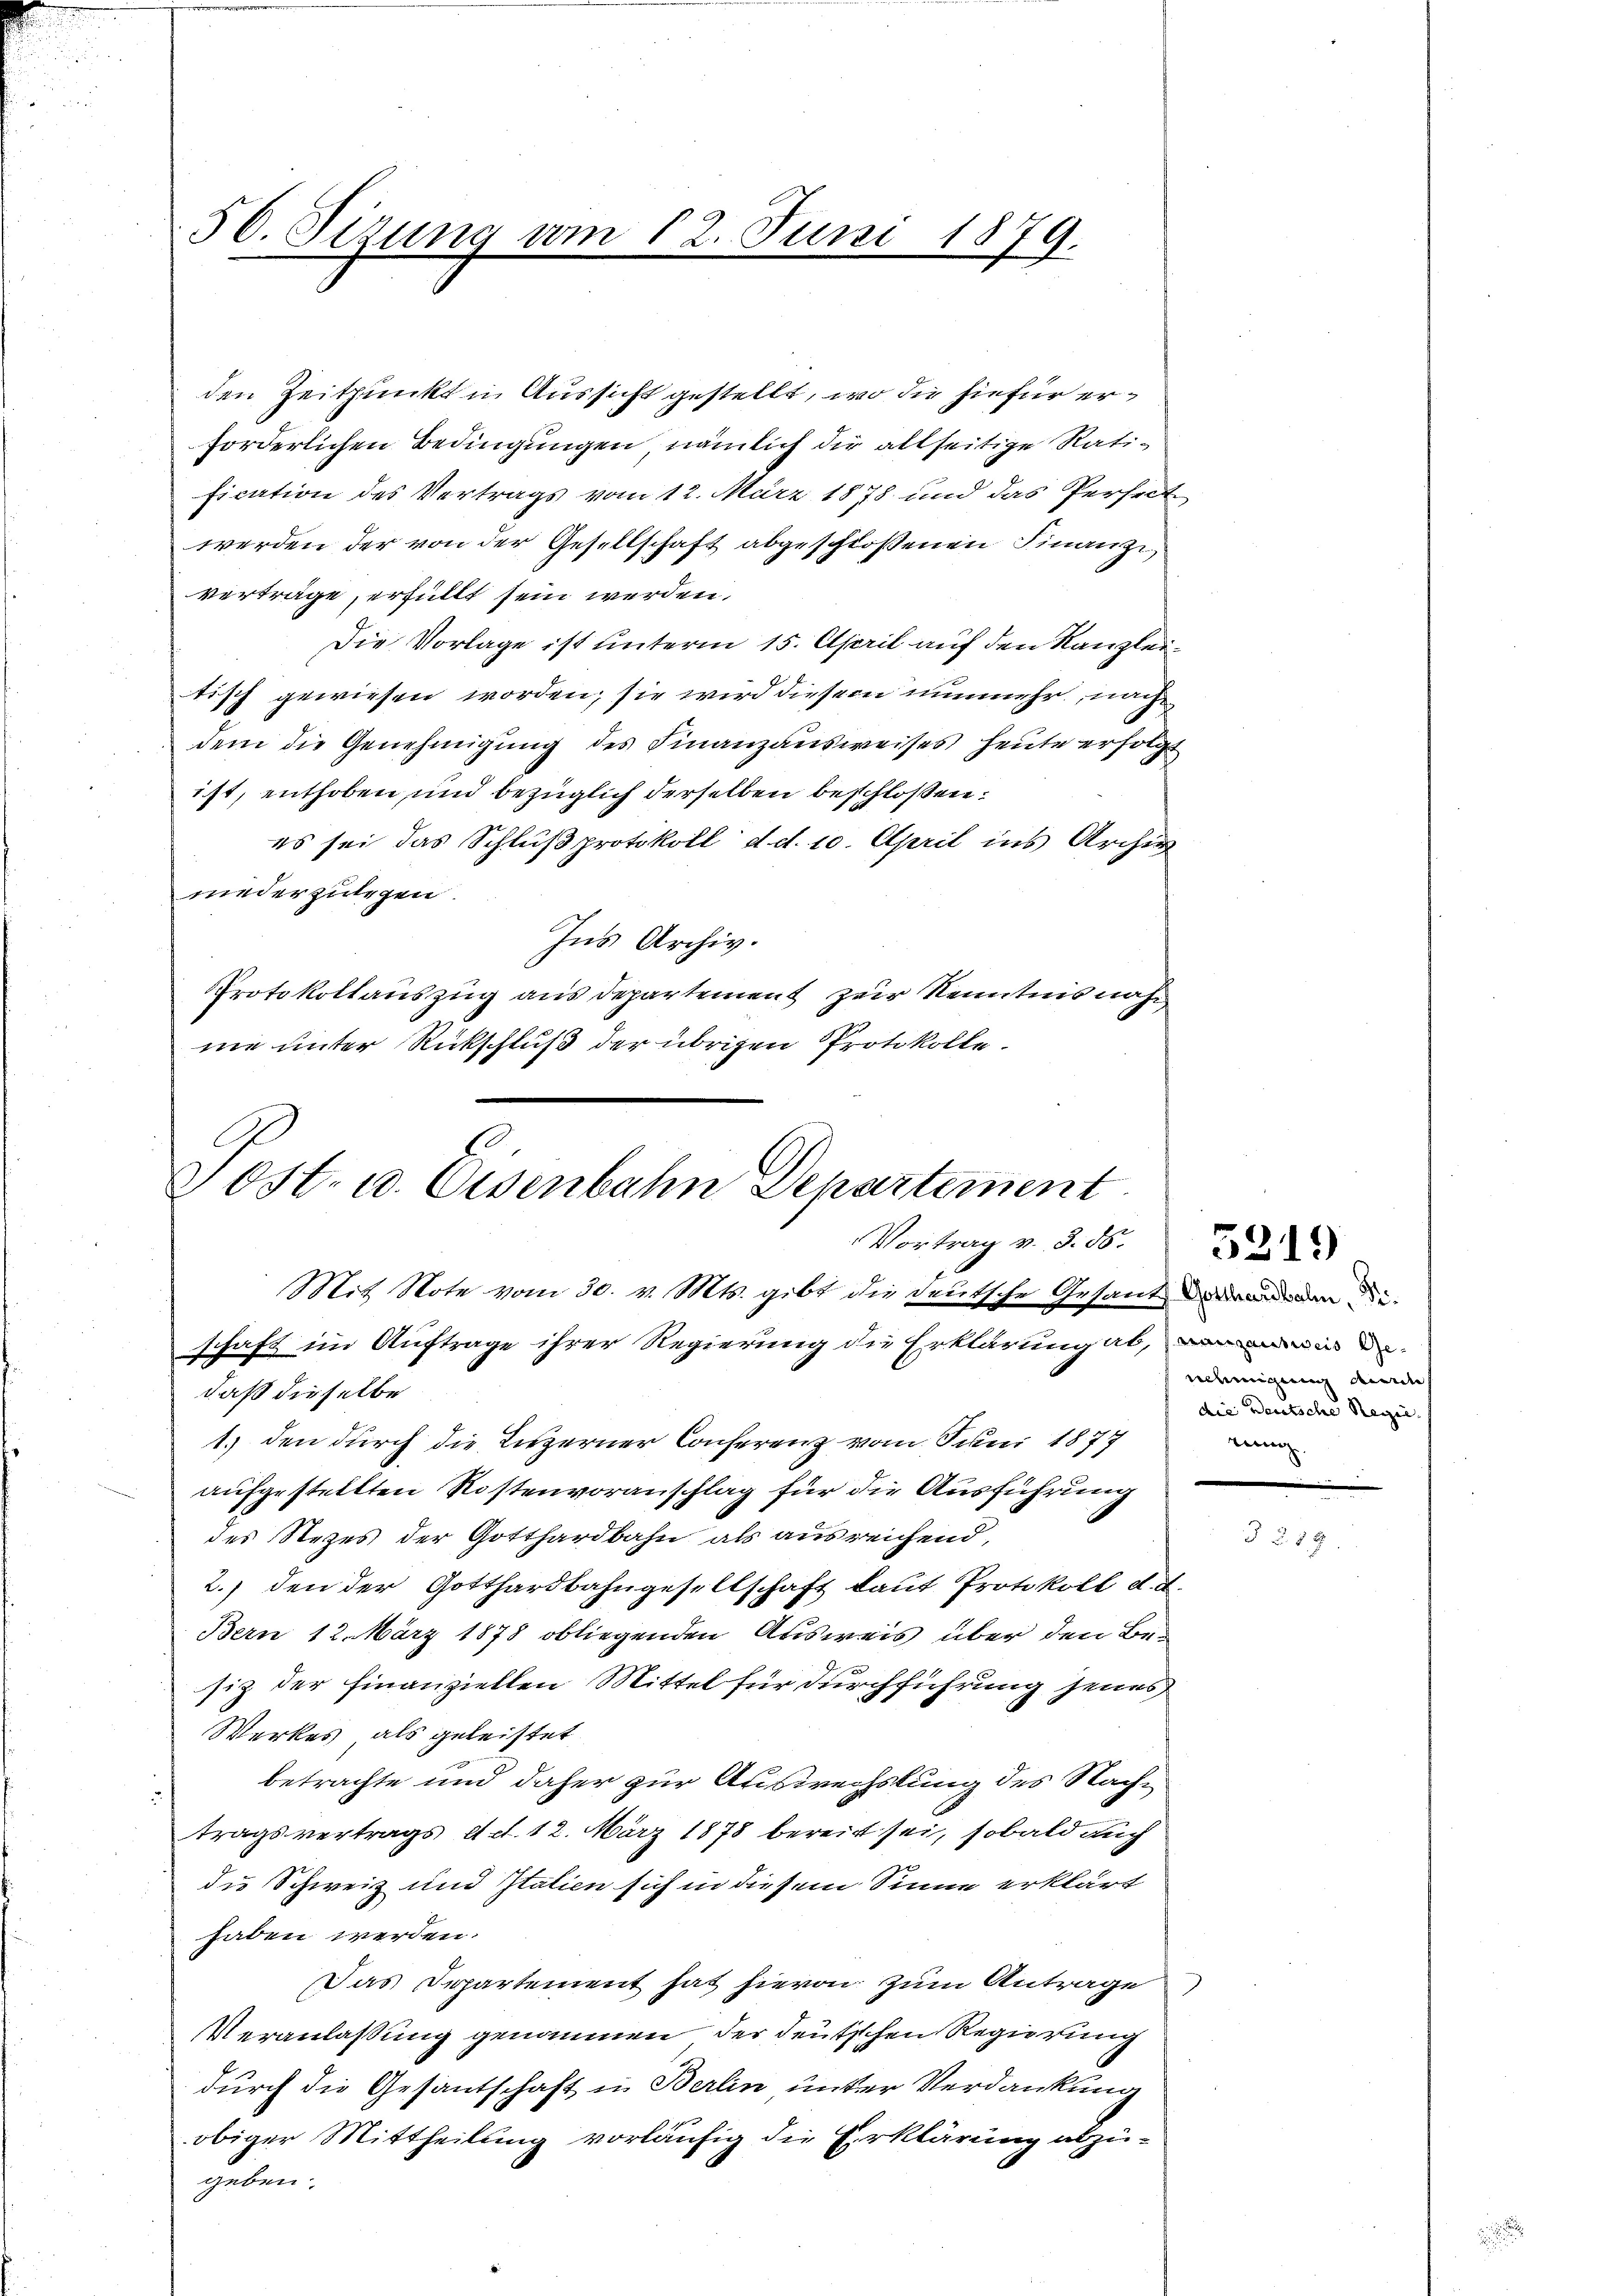
50. Sizung vom 12. Juni 1879.

Post- u. Eisenbahn Departement
Vortrag v. 3. 86.
Mit Note vom 30. v. Mts. gibt die deutsche Gesantendenen die
schaft im Auftrage ihrer Regierung die Erklärung ab, in de

den Zeitpunkt in Aussicht gestellt, wo die hiefür erforderlichen Bedingungen nämlich die allseitige Ratification des Vertrags vom 12. März 1878 und das Perseit
werden der von der Gesellschaft abgeschloßenen Finanziverträge, erfüllt sein werden.
Die Vorlage ist unterm 15. April auf den Kanzleitisch gewiesen worden; sie wird diesem nunmehr nach
dem die Genehmigung des Finanzausweises heute erfolgt
ist, enthoben, und bezüglich derselben beschloßen:
es sei das Schluß protokoll d. d. 10. April ins Archiv
niederzulegen.
Ins Archiv.
Protokollauszug aus Departement zur Kenntnis nah
ne unter Rückschluß der übrigen Protokolle.

daß dieselbe
1.) den durch die Luzerner Conferenz vom Juni 1877
aufgestellten Rostenvoranschlag für die Ausführung
des Steges der Gotthardbahn als ausreichend,
2.) den der Gotthardbahngesellschaft laut Protokoll d. d.
Bern 12. März 1878 obliegenden Ausweis über den Besiz der Finanziellen Mittel für durchführung jenes
Werkes, als geleistet
betrachte und daher zur Auswechslung des Nachtragsvertrags Act. 12. März 1878 bereit sei, sobald auch
die Schweiz und Italien sich in diesem Sinne erklärt
haben werden.
Das Departement hat hievon zum Antrage
t
Veranlassung genommen, der deutschen Regierung
durch die Gesantschaft in Berlin unter Verdankung
obiger Mittheilung vorläufig die Erklärung abzugeben.

nehmigung deren
die Deutsche Regie
rinung.

5319